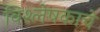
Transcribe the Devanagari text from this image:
विश्लेषकाचे